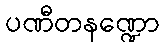
ပဏီတနဏ္ဍော